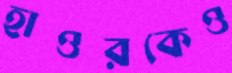
হাওরকেও